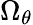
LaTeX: \Omega_{\theta}